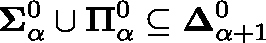
\mathbf { \Sigma } _ { \alpha } ^ { 0 } \cup \mathbf { \Pi } _ { \alpha } ^ { 0 } \subseteq \mathbf { \Delta } _ { \alpha + 1 } ^ { 0 }